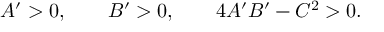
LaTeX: A ^ { \prime } > 0 , \qquad B ^ { \prime } > 0 , \qquad 4 A ^ { \prime } B ^ { \prime } - C ^ { 2 } > 0 .